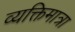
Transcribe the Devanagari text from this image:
व्यक्तिमात्रा